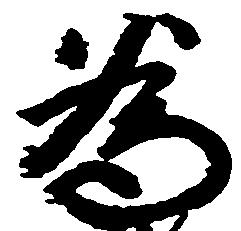
為